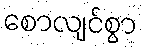
စောလျင်စွာ